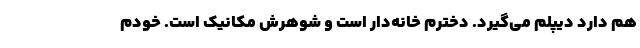
هم دارد دیپلم می‌گیرد. دخترم خانه‌دار است و شوهرش مکانیک است. خودم